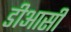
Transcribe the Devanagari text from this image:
डीआसी